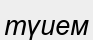
түием